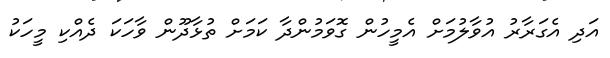
އަދި އެގަރާރު އުވާލުމަށް އެމީހުން ގޮވަމުންދާ ކަމަށް ތުޅާދޫން ވާހަކަ ދެއްކި މީހަކު